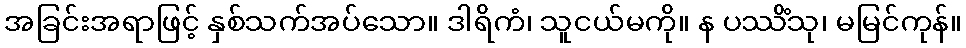
အခြင်းအရာဖြင့် နှစ်သက်အပ်သော။ ဒါရိကံ၊ သူငယ်မကို။ န ပဿိံသု၊ မမြင်ကုန်။